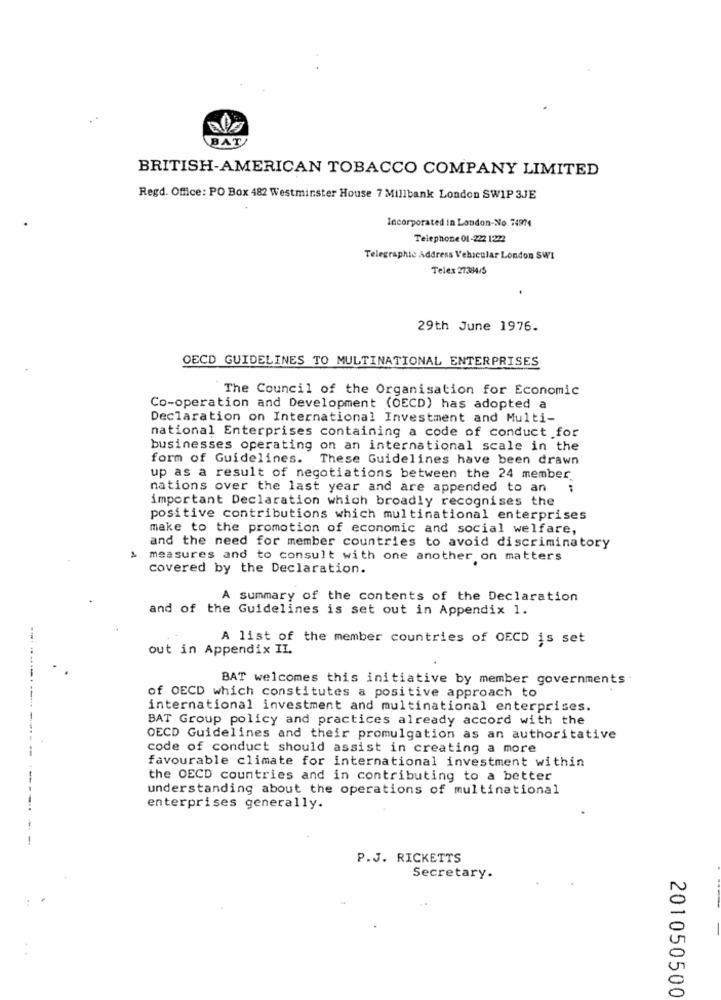
BAT
BRITISH-AMERICAN TOBACCO COMPANY LIMITED
Regd. Office: PO Box 482 Westminster House 7 Millbank London SWIP 3JE
Incorporated in London-No. 74974
Telephone 01-222 1272
Telegraphic Address Vehicular London SWI
Telex 27384/5
29th June 1976.
OECD GUIDELINES TO MULTINATIONAL ENTERPRISES
The Council of the Organisation for Economic
Co-operation and Development (OECD) has adopted a
Declaration on International Investment and Multi-
national Enterprises containing a code of conduct for
businesses operating on an international scale in the
form of Guidelines.
These Guidelines have been drawn
up as a result of negotiations between the 24 member
nations over the last year and are appended to an
important Declaration which broadly recognises the
positive contributions which multinational enterprises
make to the promotion of economic and social welfare,
and the need for member countries to avoid discriminatory
& measures and to consult with one another on matters
covered by the Declaration.
A summary of the contents of the Declaration
and of the Guidelines is set out in Appendix 1.
A list of the member countries of OECD is set
out in Appendix IL.
BAT welcomes this initiative by member governments:
of OECD which constitutes a positive approach to
international investment and multinational enterprises.
BAT Group policy and practices already accord with the
OECD Guidelines and their promulgation as an authoritative
code of conduct should assist in creating a more
--
favourable climate for international investment within
-
the OECD countries and in contributing to a better
understanding about the operations of multinational
enterprises generally.
P.J. RICKETTS
Secretary.
201050500